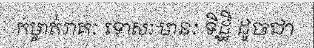
កម្ចាត់រាគៈ ទោសៈ មានៈ ទិដ្ឋិ ដូចជា